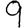
Digit: 9